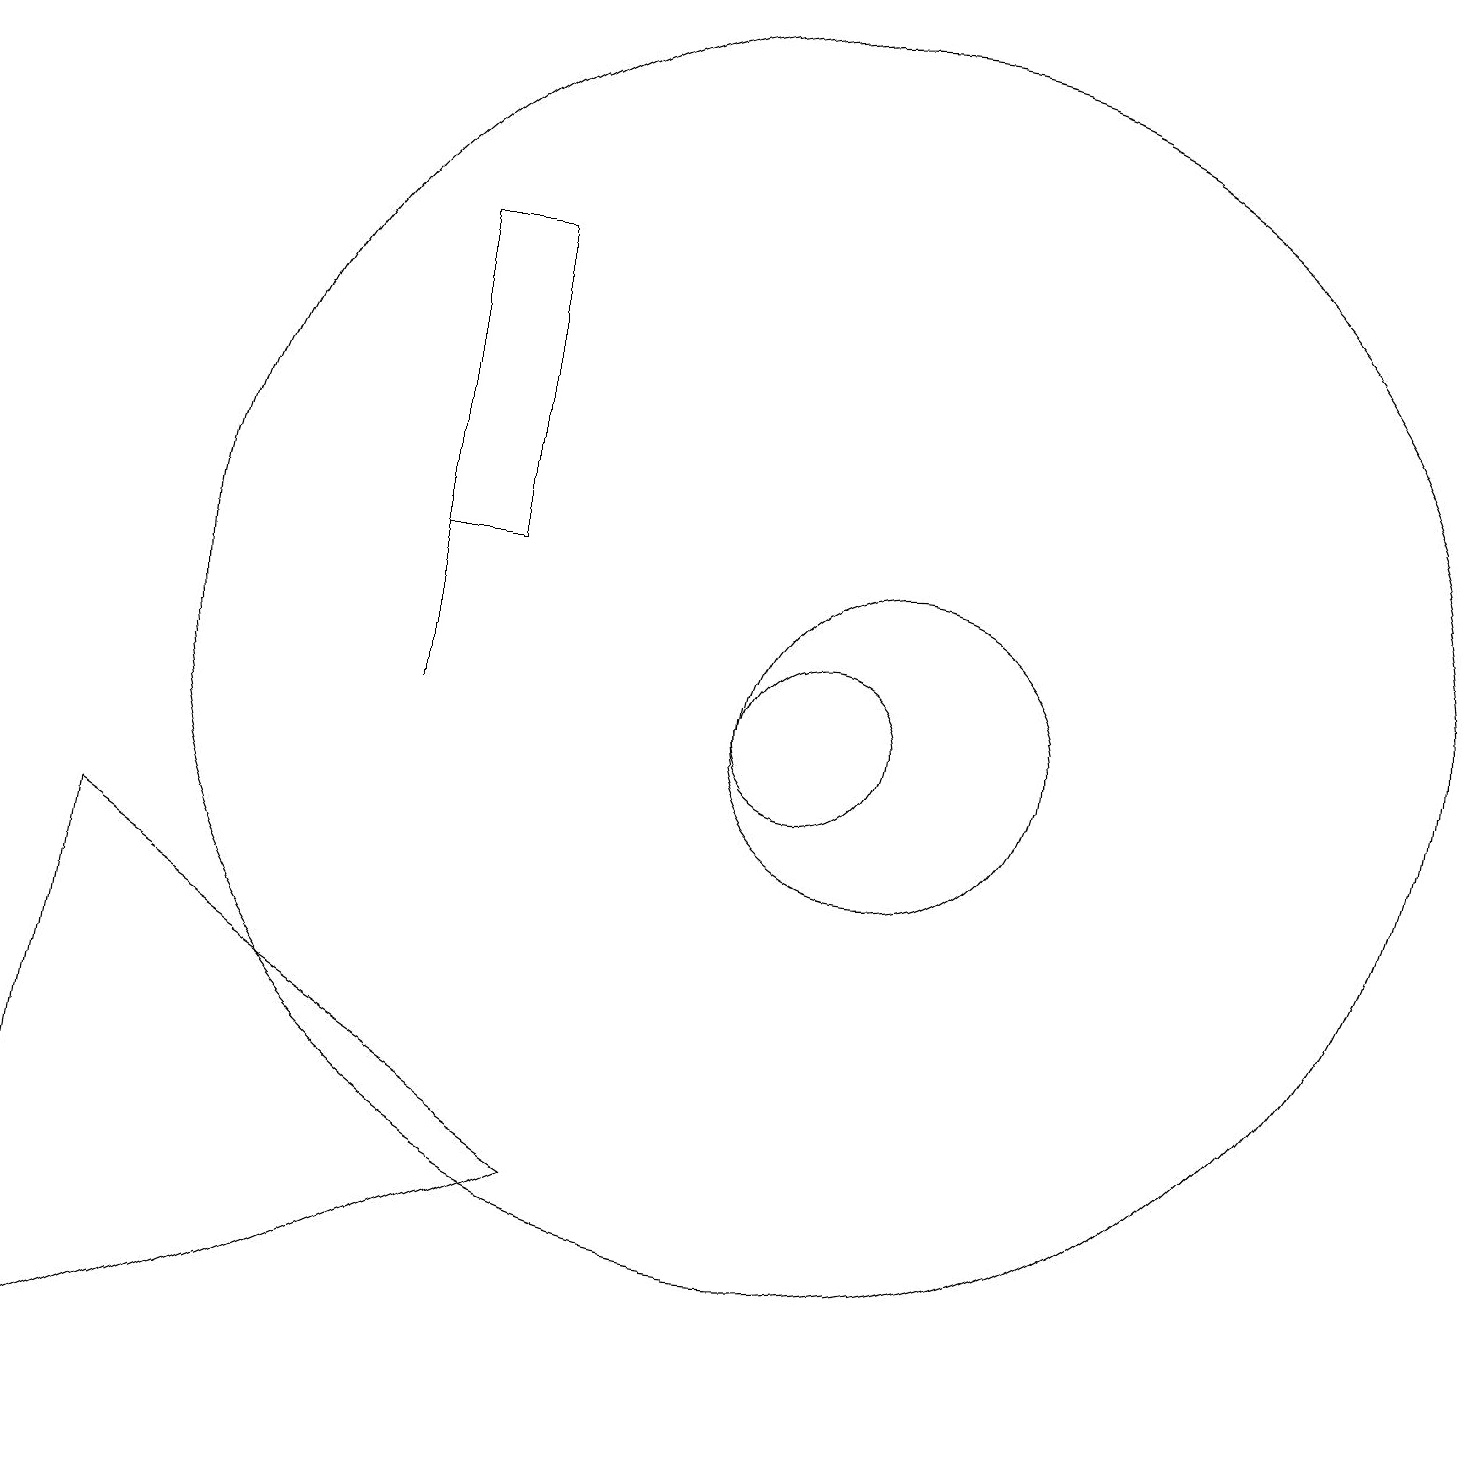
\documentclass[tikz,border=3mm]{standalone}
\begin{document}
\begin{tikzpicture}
\draw (6,17) rectangle (5,13);
\draw (10,12) circle (8);
\draw (11,11) circle (2);
\draw (0,2) -- (7,5) -- (1,9) -- cycle;
\draw (10,11) circle (1);
\draw (5,13) rectangle (5,11);
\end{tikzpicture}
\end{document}